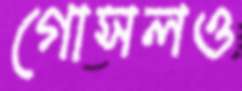
গোসলও